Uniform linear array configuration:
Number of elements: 32
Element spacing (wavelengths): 0.25
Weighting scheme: blackman
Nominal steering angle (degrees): -30
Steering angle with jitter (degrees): -29.32
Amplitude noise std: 0.05
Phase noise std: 0.05

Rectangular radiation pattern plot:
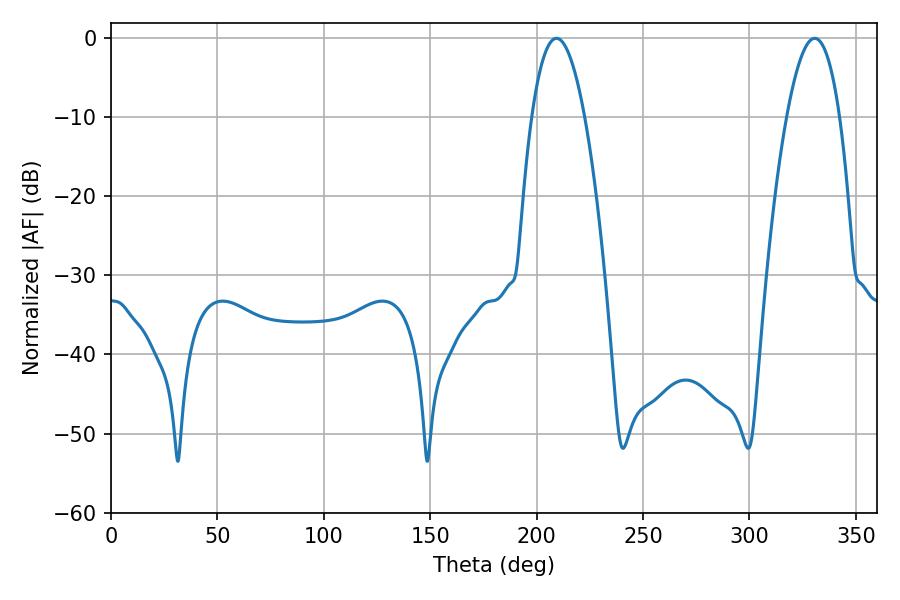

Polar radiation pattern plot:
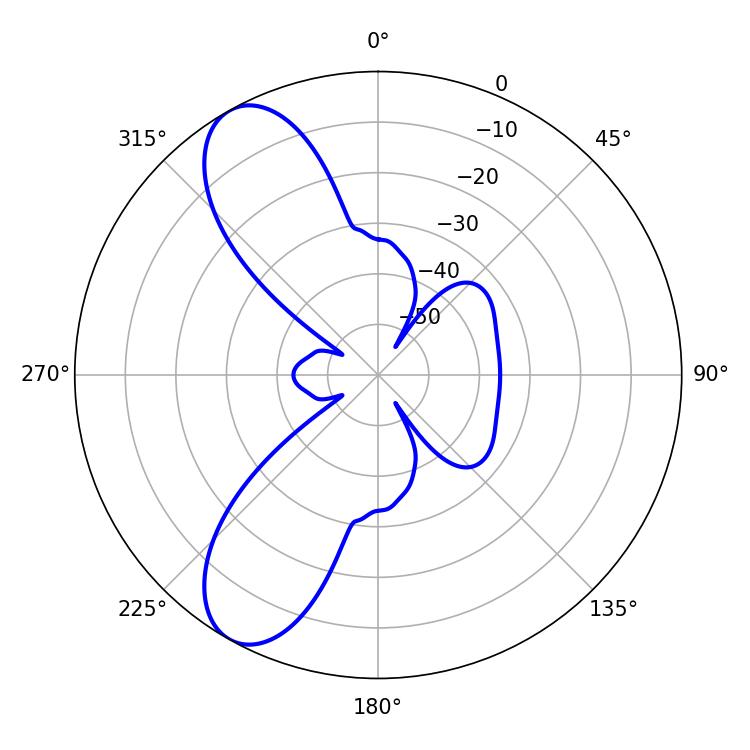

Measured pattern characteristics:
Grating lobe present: FALSE
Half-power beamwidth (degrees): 13.68
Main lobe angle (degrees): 209.34